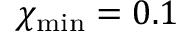
\chi _ { \mathrm { m i n } } = 0 . 1